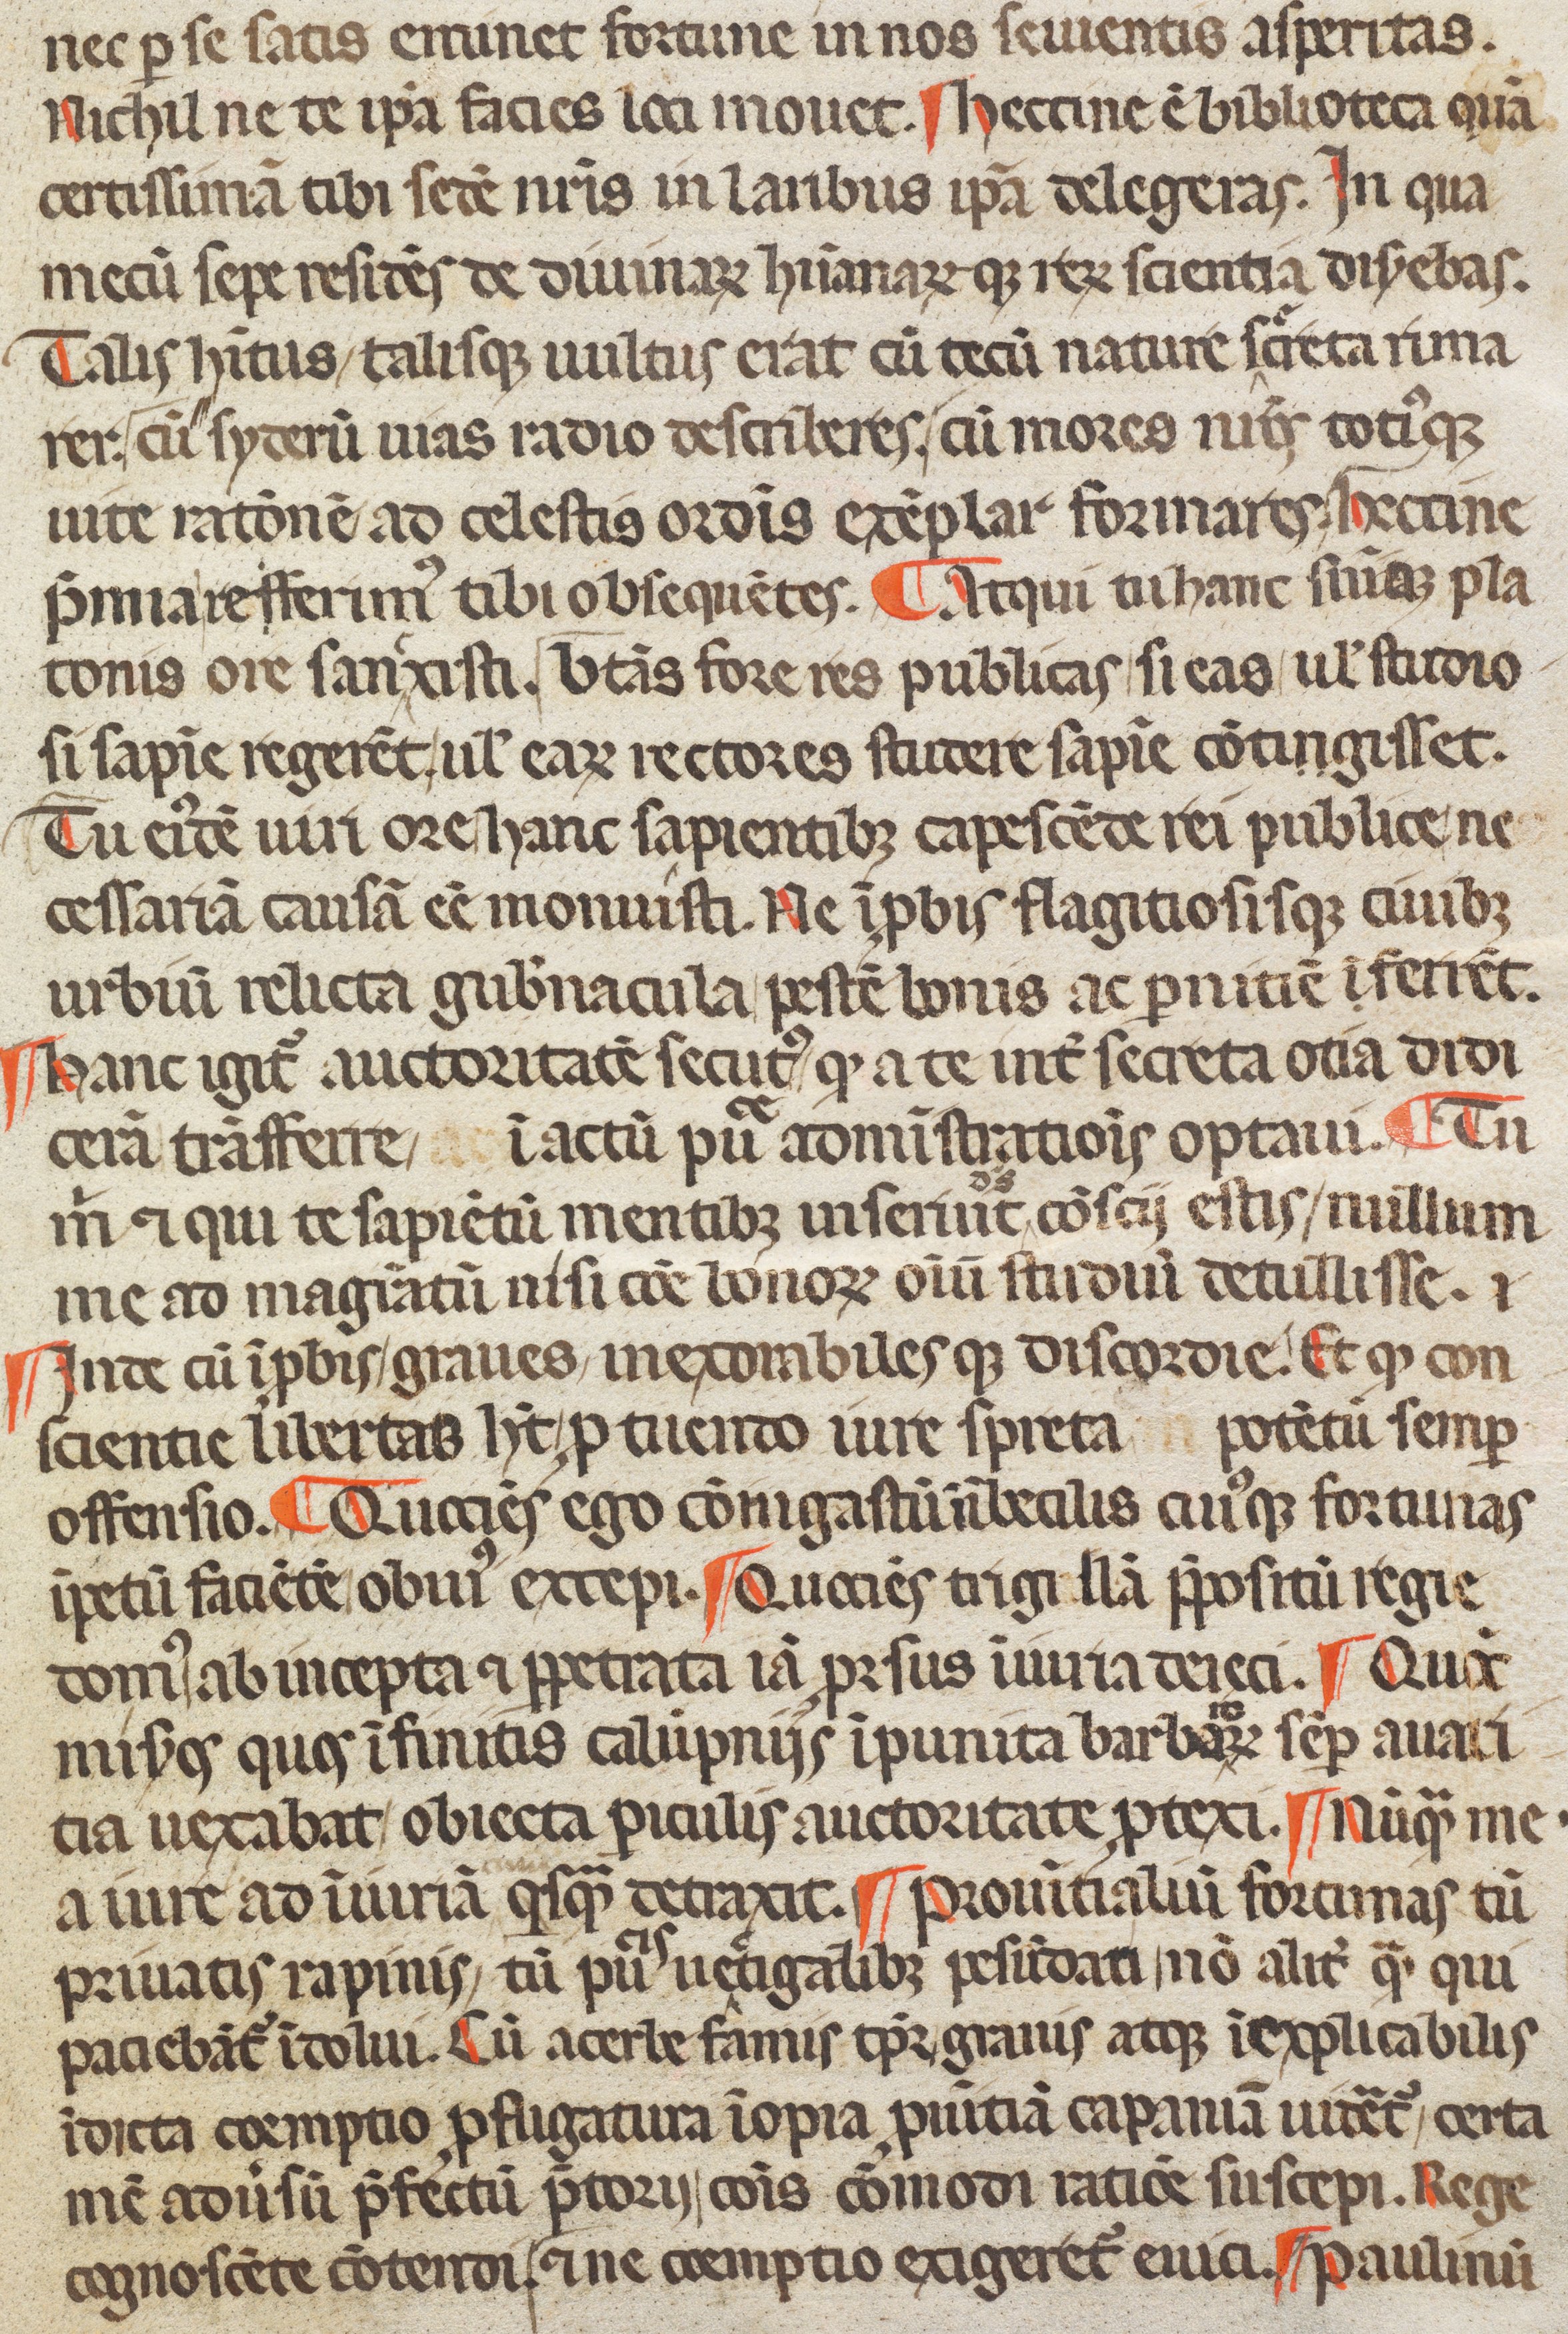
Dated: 1350–1399